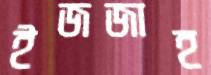
ইজজাহ